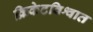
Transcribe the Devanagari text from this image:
क्रिकेटविश्वात